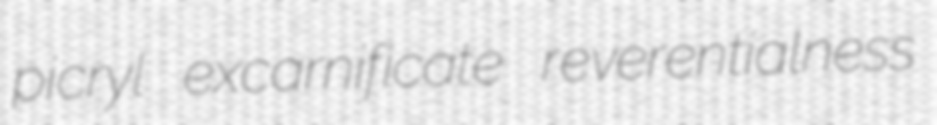
picryl excarnificate reverentialness